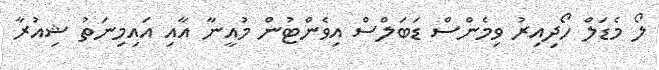
ލޯ މެޑަލް ހޯދިއިރު ވިމެންސް ޑަބަލްސް އިވެންޓުން މުއީނާ އާއި އައިމިނަތު ޝިއުރާ